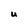
Character: U